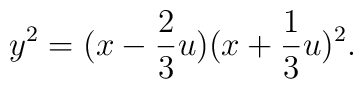
y^2=(x-\frac {2}{3}u)(x+\frac {1}{3}u)^2.